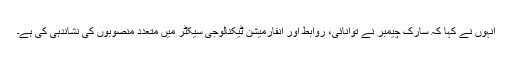
انہوں نے کہا کہ سارک چیمبر نے توانائی، روابط اور انفارمیشن ٹیکنالوجی سیکٹر میں متعدد منصوبوں کی نشاندہی کی ہے۔